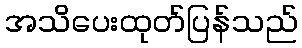
အသိပေးထုတ်ပြန်သည်